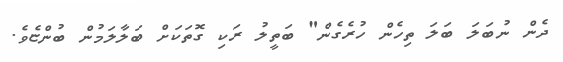
ދެން ނުބަލަ ބަލަ ތިހެން ހުރެގެން" ބަތީލު ރަކި ގޮތަކަށް ބަލާލަމުން ބުންޏެވެ.